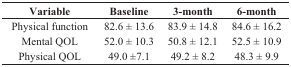
| Variable | Baseline | 3-month | 6-month |
 | --- | --- | --- | --- |
 | Physical function | 82.6 ± 13.6 | 83.9 ± 14.8 | 84.6 ± 16.2 |
 | Mental QOL | 52.0 ± 10.3 | 50.8 ± 12.1 | 52.5 ± 10.9 |
 | Physical QOL | 49.0 ±7.1 | 49.2 ± 8.2 | 48.3 ± 9.9 |